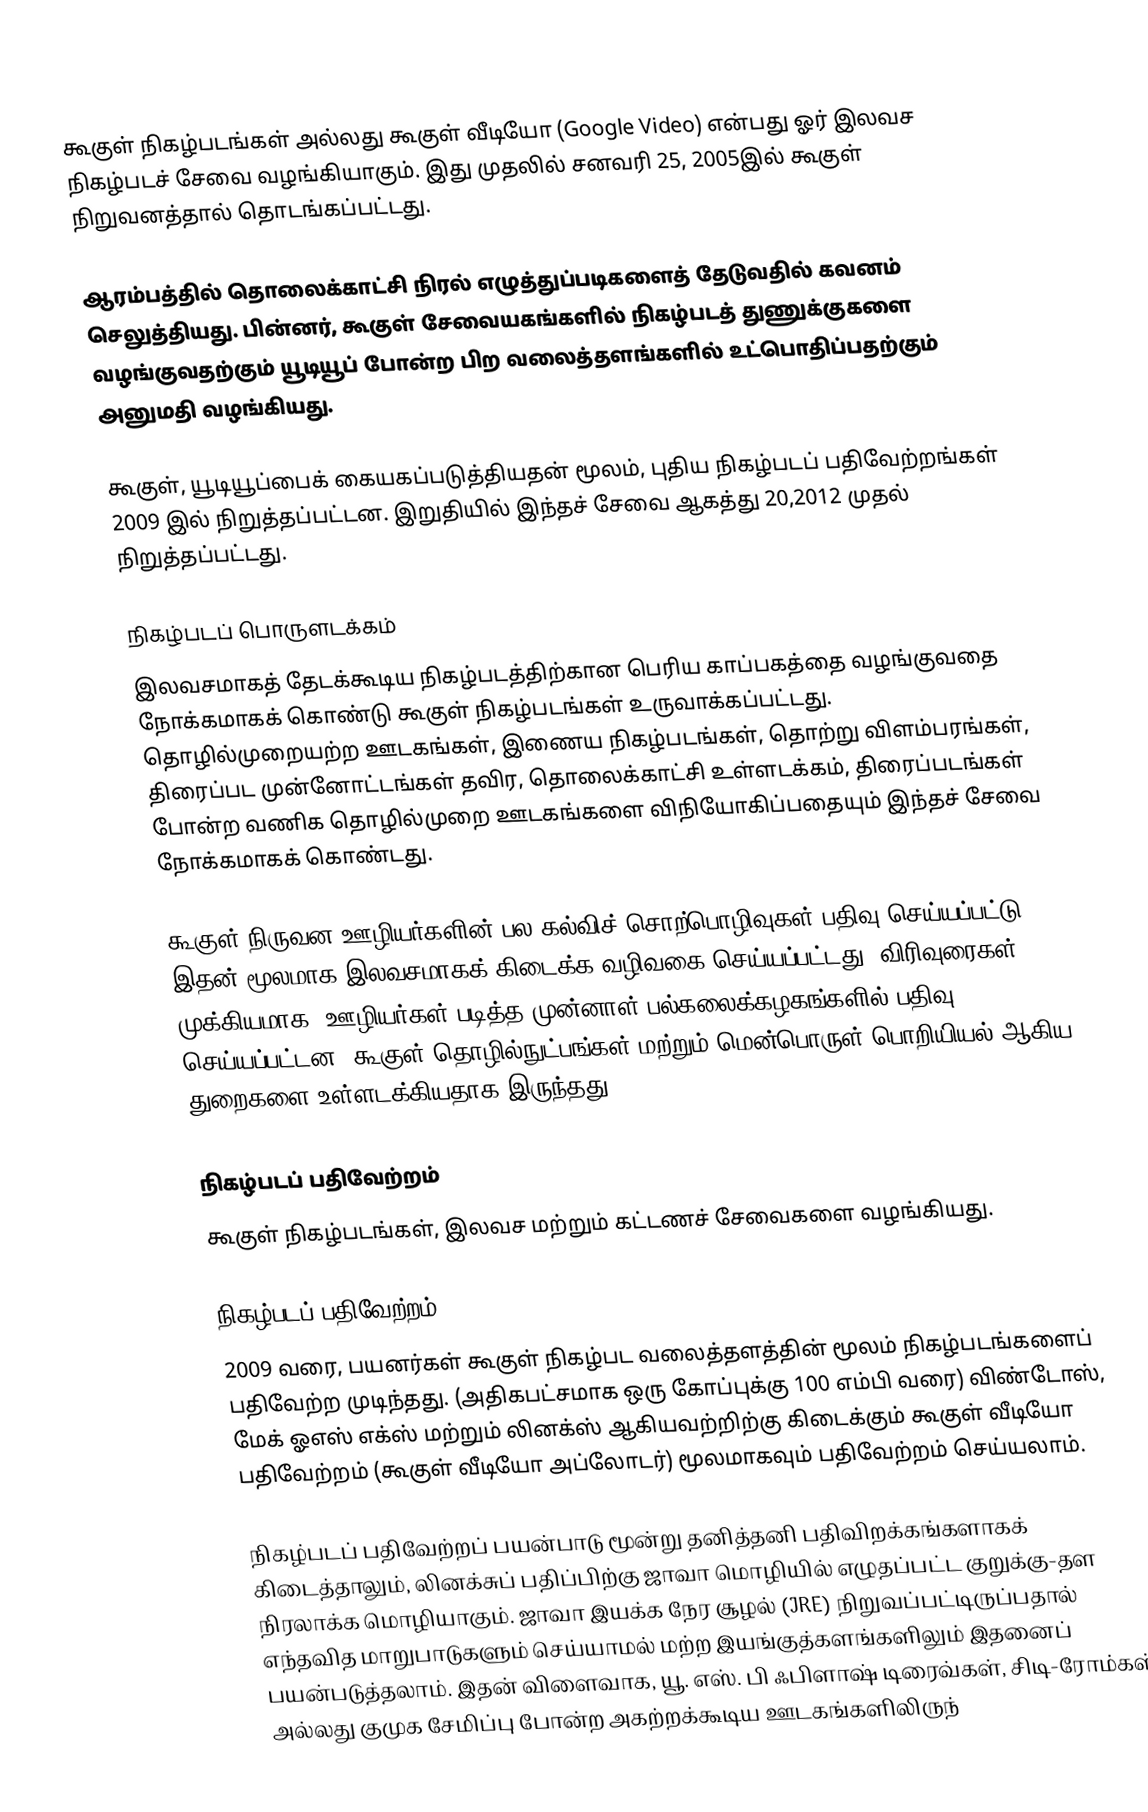
கூகுள் நிகழ்படங்கள் அல்லது கூகுள் வீடியோ (Google Video) என்பது ஓர் இலவச நிகழ்படச் சேவை வழங்கியாகும். இது முதலில் சனவரி 25, 2005இல் கூகுள் நிறுவனத்தால் தொடங்கப்பட்டது.

ஆரம்பத்தில் தொலைக்காட்சி நிரல் எழுத்துப்படிகளைத் தேடுவதில் கவனம் செலுத்தியது. பின்னர், கூகுள் சேவையகங்களில் நிகழ்படத் துணுக்குகளை வழங்குவதற்கும் யூடியூப் போன்ற பிற வலைத்தளங்களில் உட்பொதிப்பதற்கும் அனுமதி வழங்கியது.

கூகுள், யூடியூப்பைக் கையகப்படுத்தியதன் மூலம், புதிய நிகழ்படப் பதிவேற்றங்கள் 2009 இல் நிறுத்தப்பட்டன. இறுதியில் இந்தச் சேவை ஆகத்து  20,2012 முதல் நிறுத்தப்பட்டது.

நிகழ்படப் பொருளடக்கம்
இலவசமாகத் தேடக்கூடிய நிகழ்படத்திற்கான பெரிய காப்பகத்தை வழங்குவதை நோக்கமாகக் கொண்டு கூகுள் நிகழ்படங்கள் உருவாக்கப்பட்டது. தொழில்முறையற்ற ஊடகங்கள், இணைய நிகழ்படங்கள், தொற்று விளம்பரங்கள், திரைப்பட முன்னோட்டங்கள் தவிர, தொலைக்காட்சி உள்ளடக்கம், திரைப்படங்கள் போன்ற வணிக தொழில்முறை ஊடகங்களை விநியோகிப்பதையும் இந்தச் சேவை நோக்கமாகக் கொண்டது.

கூகுள் நிருவன ஊழியர்களின் பல கல்விச் சொற்பொழிவுகள் பதிவு செய்யப்பட்டு இதன் மூலமாக இலவசமாகக் கிடைக்க வழிவகை செய்யப்பட்டது. விரிவுரைகள் முக்கியமாக, ஊழியர்கள் படித்த முன்னாள் பல்கலைக்கழகங்களில் பதிவு செய்யப்பட்டன. கூகுள் தொழில்நுட்பங்கள் மற்றும் மென்பொருள் பொறியியல் ஆகிய துறைகளை உள்ளடக்கியதாக இருந்தது.

நிகழ்படப் பதிவேற்றம்
கூகுள் நிகழ்படங்கள், இலவச மற்றும் கட்டணச் சேவைகளை வழங்கியது.

நிகழ்படப் பதிவேற்றம்
2009 வரை, பயனர்கள் கூகுள் நிகழ்பட வலைத்தளத்தின் மூலம் நிகழ்படங்களைப் பதிவேற்ற முடிந்தது. (அதிகபட்சமாக ஒரு கோப்புக்கு 100 எம்பி வரை)  விண்டோஸ், மேக் ஓஎஸ் எக்ஸ் மற்றும் லினக்ஸ் ஆகியவற்றிற்கு கிடைக்கும் கூகுள் வீடியோ பதிவேற்றம் (கூகுள் வீடியோ அப்லோடர்)  மூலமாகவும் பதிவேற்றம் செய்யலாம்.

நிகழ்படப் பதிவேற்றப் பயன்பாடு மூன்று தனித்தனி பதிவிறக்கங்களாகக் கிடைத்தாலும், லினக்சுப் பதிப்பிற்கு ஜாவா மொழியில் எழுதப்பட்ட குறுக்கு-தள நிரலாக்க மொழியாகும். ஜாவா இயக்க நேர சூழல் (JRE) நிறுவப்பட்டிருப்பதால் எந்தவித மாறுபாடுகளும் செய்யாமல் மற்ற இயங்குத்களங்களிலும் இதனைப் பயன்படுத்தலாம். இதன் விளைவாக, யூ. எஸ். பி ஃபிளாஷ் டிரைவ்கள், சிடி-ரோம்கள் அல்லது குமுக சேமிப்பு போன்ற அகற்றக்கூடிய ஊடகங்களிலிருந்